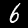
Digit: 6